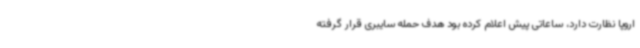
اروپا نظارت دارد، ساعاتی پیش اعلام کرده بود هدف حمله سایبری قرار گرفته